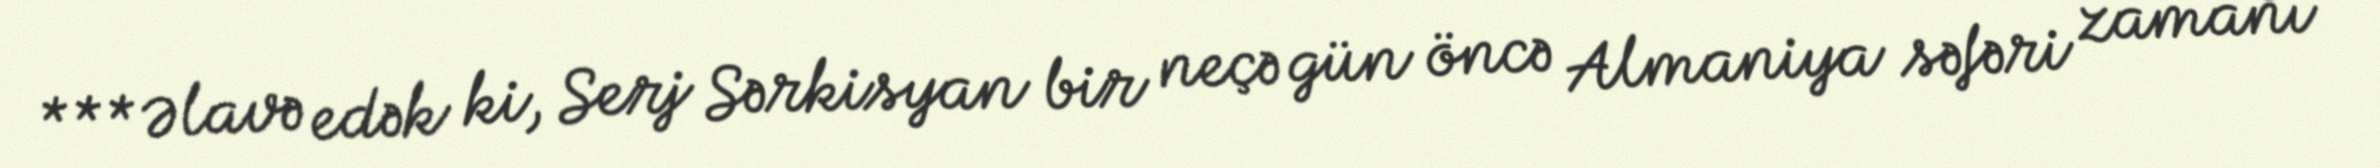
*** Əlavə edək ki, Serj Sərkisyan bir neçə gün öncə Almaniya səfəri zamanı